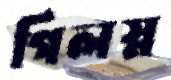
গিলস্ন